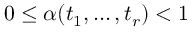
0 \leq \alpha ( t _ { 1 } , \dots , t _ { r } ) < 1